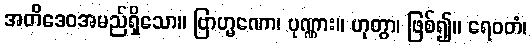
အတိဒေဝအမည်ရှိသော။ ဗြာဟ္မဏော၊ ပုဏ္ဏား။ ဟုတွာ၊ ဖြစ်၍။ ရေဝတံ၊